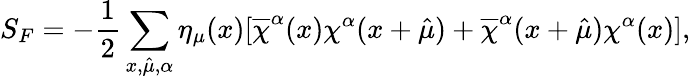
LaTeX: S_{F}=-\frac{1}{2}\sum_{x,\hat{\mu},\alpha}\eta_{\mu}(x)[\overline{{{\chi}}}^{\alpha}(x)\chi^{\alpha}(x+\hat{\mu})+\overline{{{\chi}}}^{\alpha}(x+\hat{\mu})\chi^{\alpha}(x)],